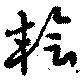
檜